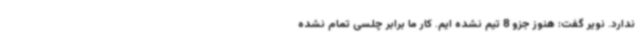
ندارد. نویر گفت: هنوز جزو 8 تیم نشده ایم. کار ما برابر چلسی تمام نشده